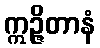
ဣဉ္ဇိတာနံ